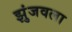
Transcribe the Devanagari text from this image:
झुंजवला